Annual report on the working of the lock hospitals in the Central Provinces
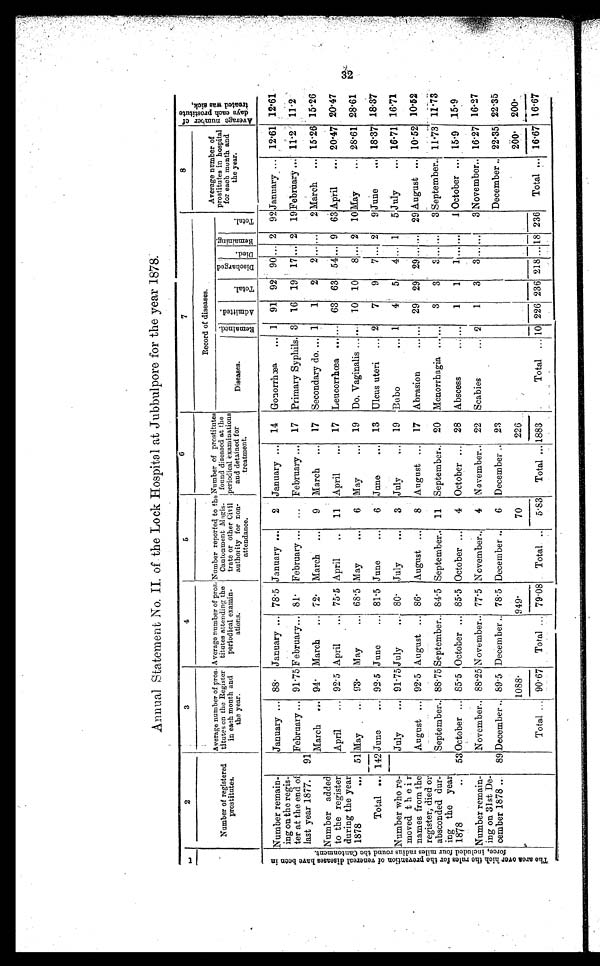
Annual Statement No. II. of the Lock Hospital at Jubbulpore for the year 1878:
1
2
3
4
5
6
7
8
A v e r a g e n u m b e r o f d a y s e a c h p r o s t i t u t e t r e a t e d w a s s i c k ,
Number of registered
prostitutes.
Average number of pros-
titutes on the Register
in each month and
the year.
Average number of pros-
titutes attending the
periodical examin-
ations.
Number reported to the
Cantonment Magis-
trate or other Civil
authority for non-
attendance.
Number of prostitutes
found diseased at the
periodical examinations
and detained for
treatment.
Record of diseases.
Average number o f p r o s t i t u t e s i n h o s p i t a l
for each month and
the year.
Diseases.
R e m a i n e d .
A d m i t t e d .
T o t a l
D i s c h a r g e d D i e d R e ma i n i n g
T o t a l
T h e a r e a o v e r h i c h t h e r u l e s f o r t h e p r e v e n o f v e n e r a l d i s e a s e s h a v e b e e n i n f o r c e , i n c l u d e d f o u r m i l e s r a d i u s r o u n d t h e c a n t o n m e n t .
Number remain-
ing on the regis-
ter at the end of
last year 1877.
January ... 88 January ... 78.5 January ...
2 January ... 14 Gonorrhœa ... 1 91 92 90 ... 2 92 January ... 12.61 12.61
February ... 91.75 February... 81. February ... ... February ... 17 Primary Syphilis. 3 16 19 17 ... 2 19 February ... 11.2 11.2
91
March ... 94 March ... 72. March ...
9 March ... 17 Secondary do. ... 1
1
2
2 ... ...
2 March ... 15.26 15.26
Number added
to the register
during the year
1878
...
April
... 92.5 April
... 75.5 April
.. 11 April
... 17 Leucorrhœa ... ... 63 63 54 ... 9 63 April
... 20.47 20.47
51 May
... 93 May
... 68.5 May
...
6 May
19 Do. Vaginalis ... 10 10
8 ... 2
1 0
May... 28.61 28.61
Total ... 142 June
... 92.5 June
... 81.5 June
...
6 June
... 13 Ulcus uteri ... 2
7
9
7 ... 2
9 June
... 18.37 18.37
Number who re-
moved their
names from the
register, died or
absconded dur-
ing the year
1878..
July
... 91.75 July
... 80. July
...
3 July
... 19 Bobo
... 1
4
5
4 ... 1
5 July
... 16.71 16.71
August ... 92.5 August ... 86 August ...
8 August ... 17 Abrasion
... ... 29 29 29 ... ... 29 August ... 10.52 10.52
September.. 88.75 September.. 84.5 September.. 11 September.. 20 Menorrhagia ... ...
3
3
3 ... ...
3
S e p t e m b e r . . 11.73 11.73
53 October ... 85.5 October ... 85.5 October ...
4 October
28 Abscess
. . . . . . 1
1
1 ... ...
1 October ... 15.9 15.9
Number remain-
ing on 31st De-
cember 1878 ...
November.. 88.25 November.. 77.5 November..
4 November.. 22 Scabies
... 2
1
3
3 ... ...
3 November.. 16.27 16.27
89 December .. 89.5 December .. 78.5 December ..
6 December .. 23
December .. 22.35 22.35
1088.
949.
70
226
200. 200.
Total ... 90.67 Total ... 79.08 Total .. 5.83 Total ... 1883
Total ... 10 226 236 218 ... 18 236 Total ... 16.67 16.67
32